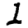
Digit: 1